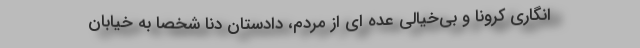
انگاری کرونا و بی‌خیالی عده ای از مردم، دادستان دنا شخصا به خیابان